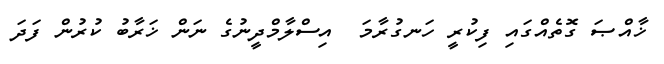
ޚާއްޞަ ގޮތެއްގައި ފިކުރީ ހަނގުރާމަ  އިސްލާމްދީނުގެ ނަން ޚަރާބު ކުރުން ފަދަ